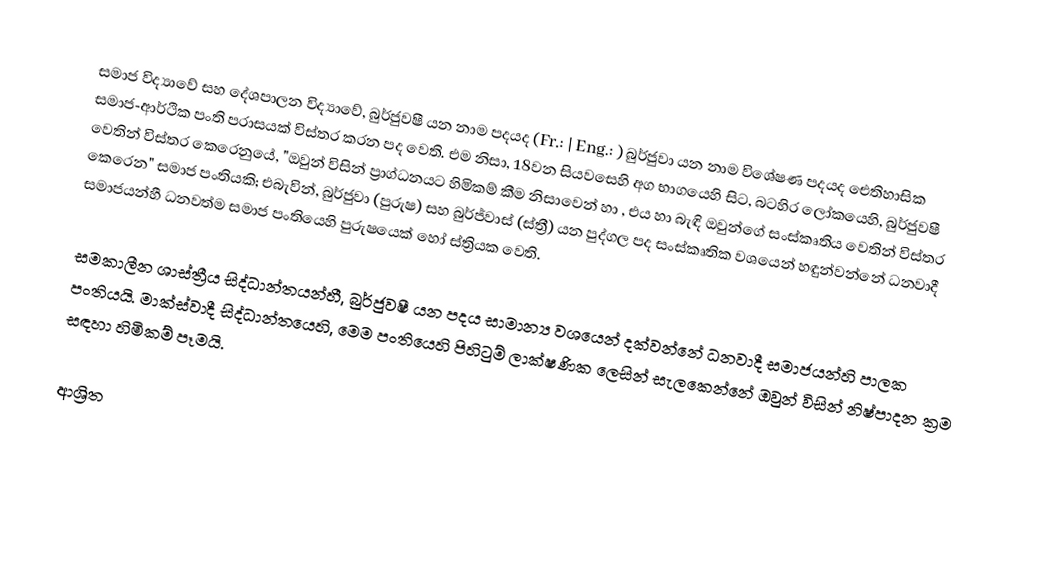
සමාජ විද්‍යාවේ සහ දේශපාලන විද්‍යාවේ, බුර්ජුවෂී යන නාම පදයද  (Fr.:  | Eng.: ) බුර්ජුවා යන නාම විශේෂණ පදයද ඓතිහාසික සමාජ-ආර්ථික පංති පරාසයක් විස්තර කරන පද වෙති. එම නිසා, 18වන සියවසෙහි අග භාගයෙහි සිට,  බටහිර ලෝකයෙහි, බුර්ජුවෂී වෙතින් විස්තර කෙරෙනුයේ, "ඔවුන් විසින් ප්‍රාග්ධනයට හිමිකම් කීම නිසාවෙන් හා , එය හා බැඳි ඔවුන්ගේ සංස්කෘතිය වෙතින් විස්තර කෙරෙන" සමාජ පංතියකි; එබැවින්, බුර්ජුවා (පුරුෂ) සහ  බුර්ජ්වාස් (ස්ත්‍රී) යන පුද්ගල පද සංස්කෘතික වශයෙන් හඳුන්වන්නේ ධනවාදී සමාජයන්හී ධනවත්ම සමාජ පංතියෙහි පුරුෂයෙක් හෝ ස්ත්‍රියක වෙති.

සමකාලීන  ශාස්ත්‍රීය සිද්ධාන්තයන්හී, බුර්ජුවෂී යන පදය සාමාන්‍ය වශයෙන් දක්වන්නේ ධනවාදී සමාජයන්හි පාලක පංතියයි. මාක්ස්වාදී සිද්ධාන්තයෙහි, මෙම පංතියෙහි පිහිටුම් ලාක්ෂණික ලෙසින් සැලකෙන්නේ ඔවුන් විසින් නිෂ්පාදන ක්‍රම සඳහා හිමිකම් පෑමයි.

ආශ්‍රිත